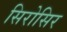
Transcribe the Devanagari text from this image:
सिरोसिर